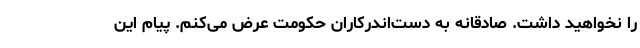
را نخواهید داشت. صادقانه به دست‌اندرکاران حکومت عرض می‌کنم. پیام این